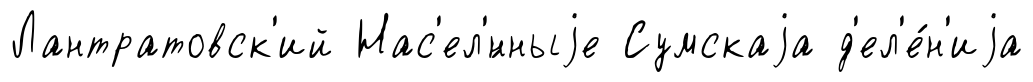
Лантратовск'ий Нас'ел'́нныjе Сумскаjа д'ел'е́н'иjа